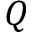
Q